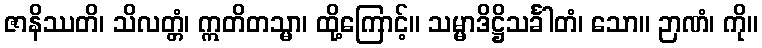
ဇာနိဿတိ၊ သိလတ္တံ၊ ဣတိတသ္မာ၊ ထို့ကြောင့်။ သမ္မာဒိဋ္ဌိသင်္ခါတံ၊ သော။ ဉာဏံ၊ ကို။